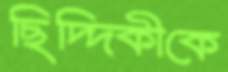
ছিদ্দিকীকে